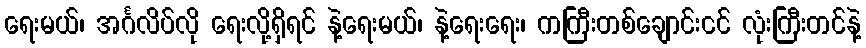
ရေးမယ်၊ အင်္ဂလိပ်လို ရေးလို့ရှိရင် နဲ့ရေးမယ်၊ နဲ့ရေးရေး၊ ကကြီးတစ်ချောင်းငင် လုံးကြီးတင်နဲ့